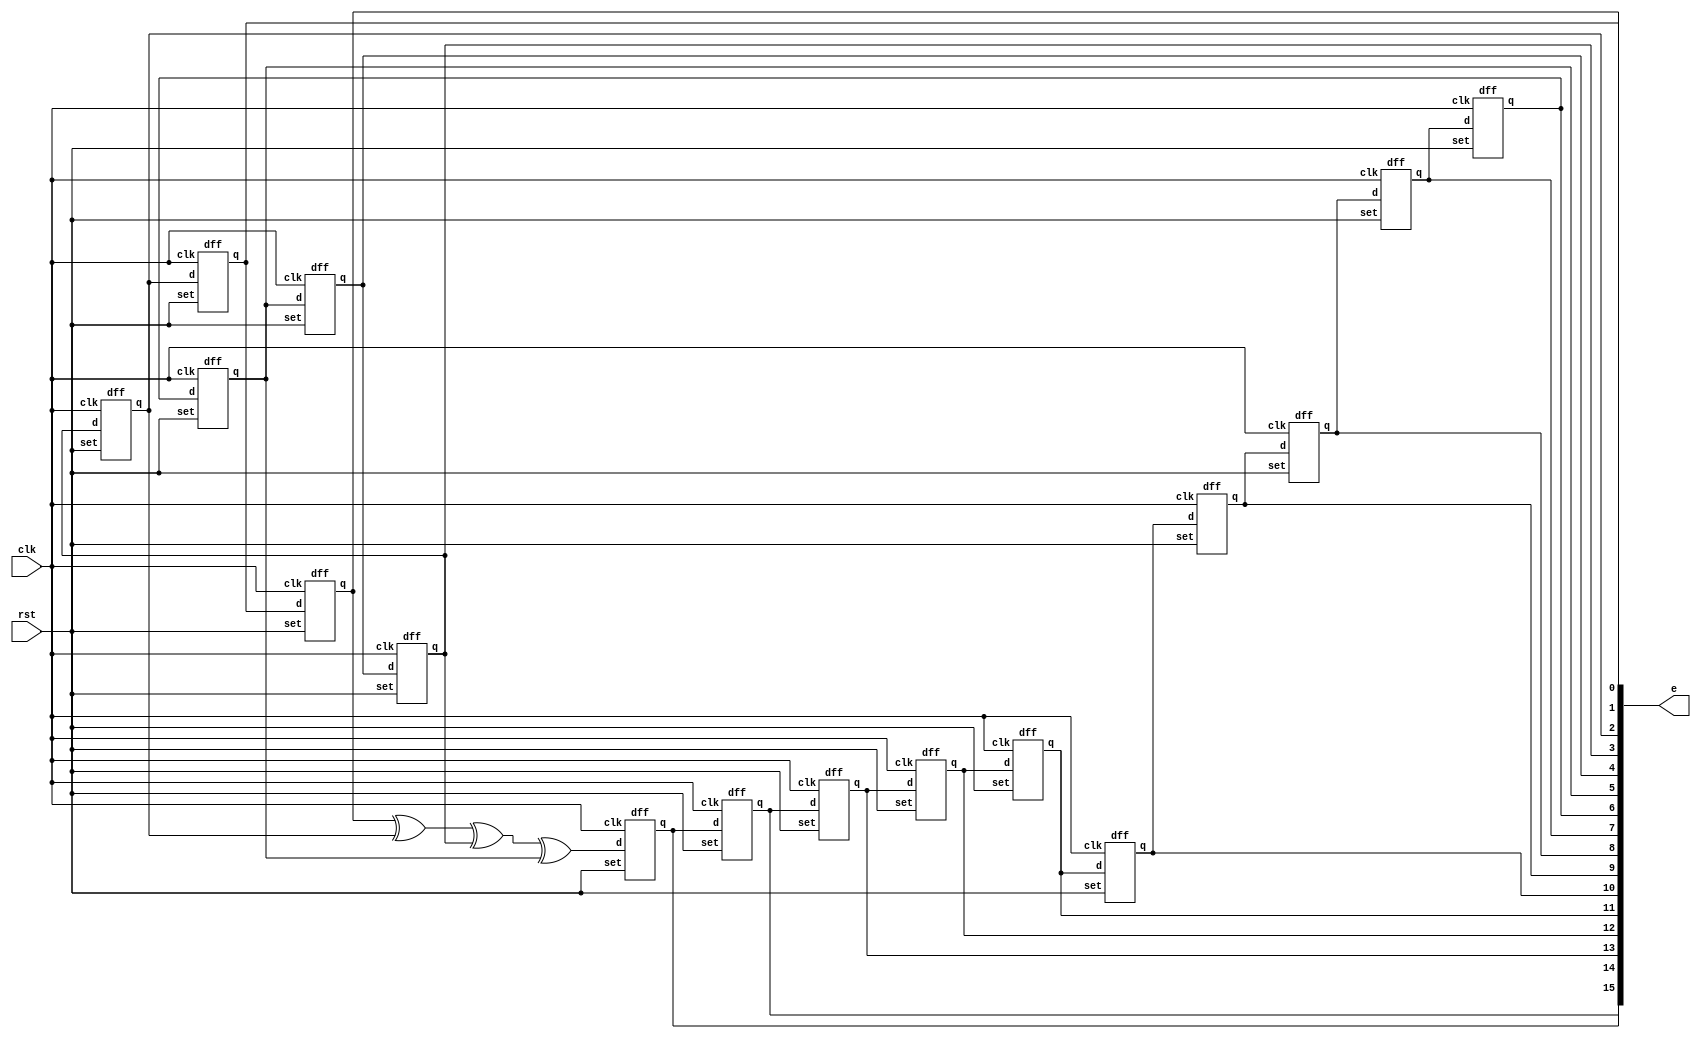
`timescale 1ns / 1ps



module LFSR(e, clk, rst);

  output [15:0] e;
  input clk, rst;

  dff r16(.d(w3)   , .q(e[15]), .set(rst), .clk(clk));
  dff r15(.d(e[15]), .q(e[14]), .set(rst), .clk(clk));
  dff r14(.d(e[14]), .q(e[13]), .set(rst), .clk(clk));
  dff r13(.d(e[13]), .q(e[12]), .set(rst), .clk(clk));
  dff r12(.d(e[12]), .q(e[11]), .set(rst), .clk(clk));
  dff r11(.d(e[11]), .q(e[10]), .set(rst), .clk(clk));
  dff r10(.d(e[10]), .q(e[9]) , .set(rst), .clk(clk));
  dff r9 (.d(e[9]) , .q(e[8]) , .set(rst), .clk(clk));
  dff r8 (.d(e[8]) , .q(e[7]) , .set(rst), .clk(clk));
  dff r7 (.d(e[7]) , .q(e[6]) , .set(rst), .clk(clk));
  dff r6 (.d(e[6]) , .q(e[5]) , .set(rst), .clk(clk));
  dff r5 (.d(e[5]) , .q(e[4]) , .set(rst), .clk(clk));
  dff r4 (.d(e[4]) , .q(e[3]) , .set(rst), .clk(clk));
  dff r3 (.d(e[3]) , .q(e[2]) , .set(rst), .clk(clk));
  dff r2 (.d(e[2]) , .q(e[1]) , .set(rst), .clk(clk));
  dff r1 (.d(e[1]) , .q(e[0]) , .set(rst), .clk(clk));
  
  xor g2(w3,w2,e[5]);
  xor g3(w2,w1,e[3]);
  xor g4(w1,e[0],e[2]);

endmodule

module dff(d, clk, set, rst, q);

input clk, d, set, rst;
output q;
reg q;

always @ (posedge clk or posedge set or posedge rst)
	begin
		if (set)
		q <= 1'b1;
		else if (rst)
		q <= 1'b0;
		else
		q <= d;
	end
endmodule

module LFSR_tb();
	reg clk,rst;
	wire [15:0] e;
	integer pattern;

initial
begin
    pattern = 0;
    clk = 0;
	 rst = 0;	 
end

always
begin
    #5;
    clk = ~ clk;
end
 
always 
begin 
	#10;
	pattern = pattern + 1'b1;
	$display("pattern:%d e:%d at %0t",pattern,e,$time);
end

	LFSR DUT(e, clk, rst);
	
endmodule